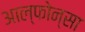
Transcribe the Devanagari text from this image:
आल्फोन्सा